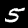
Digit: 5